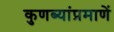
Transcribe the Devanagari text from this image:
कुणब्यांप्रमाणें